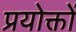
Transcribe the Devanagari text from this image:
प्रयोक्तों